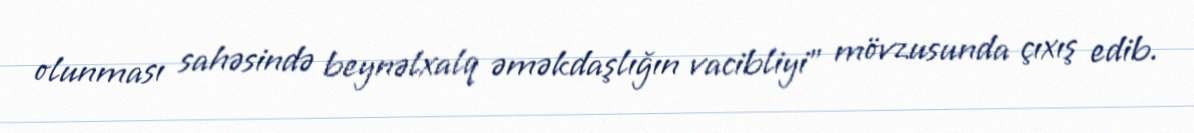
olunması sahəsində beynəlxalq əməkdaşlığın vacibliyi” mövzusunda çıxış edib.